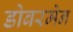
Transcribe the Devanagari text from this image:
डोबरमेन